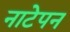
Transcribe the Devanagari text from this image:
नाटेपन